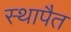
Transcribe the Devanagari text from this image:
स्थापैत